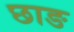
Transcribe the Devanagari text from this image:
छाङ